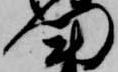
門